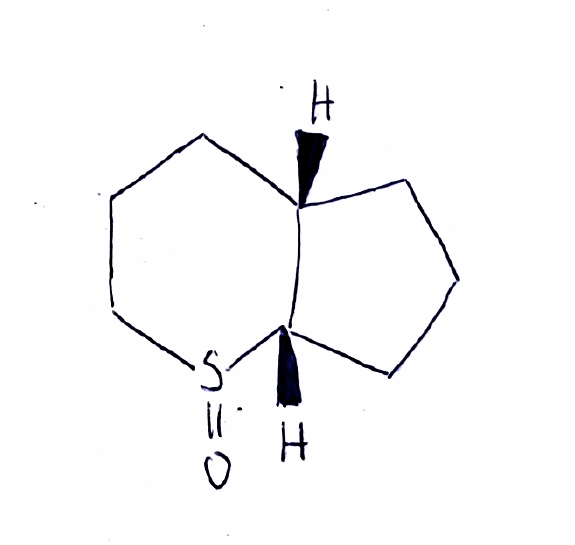
Simplified molecular-input line-entry system (SMILES) notation of the given molecule:
C1C[C@H]2CCCS(=O)[C@H]2C1